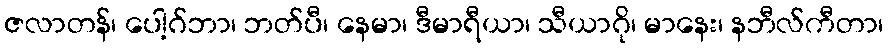
ဇလာတန်၊ ပေါ့ဂ်ဘာ၊ ဘတ်ပီ၊ နေမာ၊ ဒီမာရီယာ၊ သီယာဂို၊ မာနေး၊ နဘီလ်ကီတာ၊